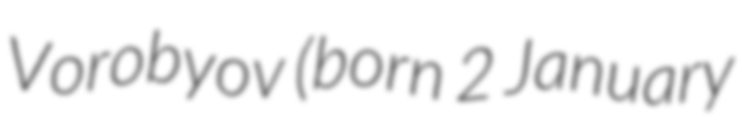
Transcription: Vorobyov (born 2 January